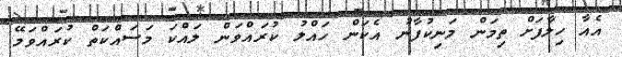
އެއާ ހިލާފަށް ތިމަން މަނިކުފާނު އެކަން ހައްލު ކުރައްވަން ލައްކަ މަސައްކަތް ކުރައްވަމޭ